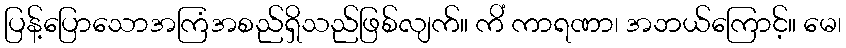
ပြန့်ပြောသောအကြံအစည်ရှိသည်ဖြစ်လျက်။ ကိံ ကာရဏာ၊ အဘယ်ကြောင့်။ မေ၊